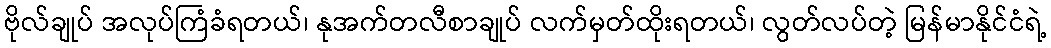
ဗိုလ်ချုပ် အလုပ်ကြံခံရတယ်၊ နုအက်တလီစာချုပ် လက်မှတ်ထိုးရတယ်၊ လွတ်လပ်တဲ့ မြန်မာနိုင်ငံရဲ့